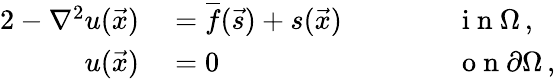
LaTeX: \begin{array}{rlrl}{{2}-\nabla^{2}u(\vec{x})}&{{}=\overline{f}(\vec{s})+s(\vec{x})\qquad}&{}&{{}\mathrm{~i~n~}\Omega\, ,}\\ {u(\vec{x})}&{{}=0}&{}&{{}\mathrm{~o~n~}\partial\Omega\, ,}\end{array}